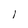
Character: 1